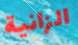
الزانية